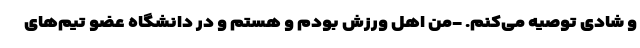
و شادی توصیه می‌کنم. -من اهل ورزش بودم و هستم و در دانشگاه عضو تیم‌های